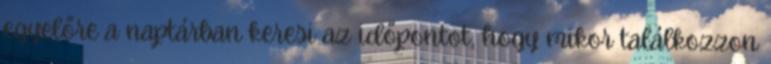
egyelőre a naptárban keresi az időpontot, hogy mikor találkozzon